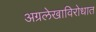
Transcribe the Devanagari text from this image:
अग्रलेखाविरोधात